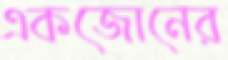
একজোনের